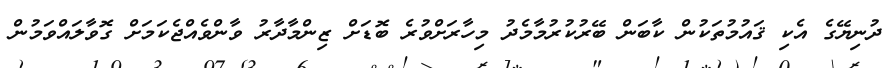
ދުނިޔޭގެ އެކި ޤައުމުތަކުން ކާބަން ބޭރުކުރުމާމެދު މިހާރަށްވުރެ ބޮޑަށް ޒިންމާދާރު ވާންވެއްޖެކަމަށް ގޮވާލައްވަމުން